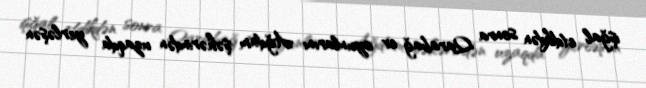
işğal etdikdən sonra Qarabağ ev oyunlarını Ağdam şəhərindən uzaqda yerləşən